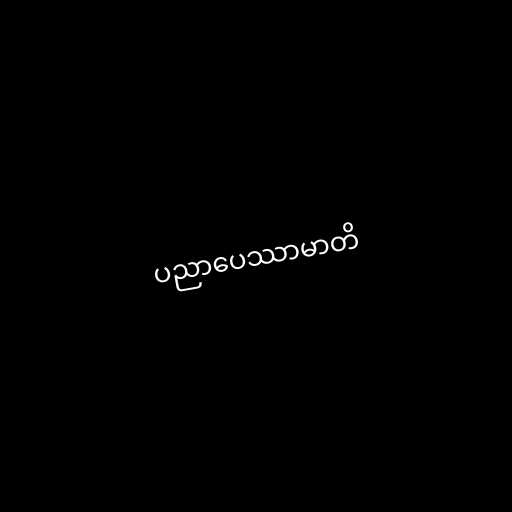
ပညာပေဿာမာတိ